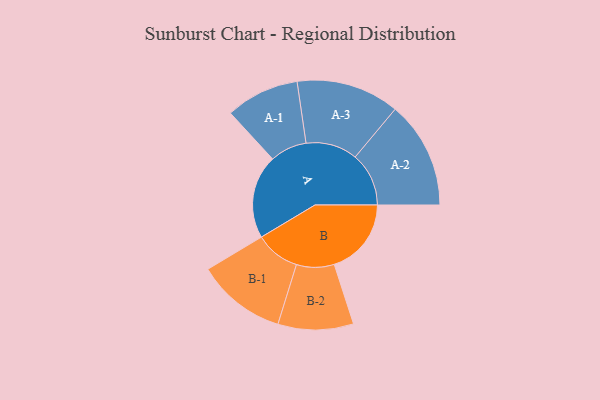
{"axis": {"x": "Segment", "y": "Value"}, "legend": ["", "A", "B"], "data": [{"x": "A", "y": 453, "type": ""}, {"x": "B", "y": 417, "type": ""}, {"x": "A-1", "y": 199, "type": "A"}, {"x": "A-2", "y": 290, "type": "A"}, {"x": "A-3", "y": 279, "type": "A"}, {"x": "B-1", "y": 242, "type": "B"}, {"x": "B-2", "y": 204, "type": "B"}]}